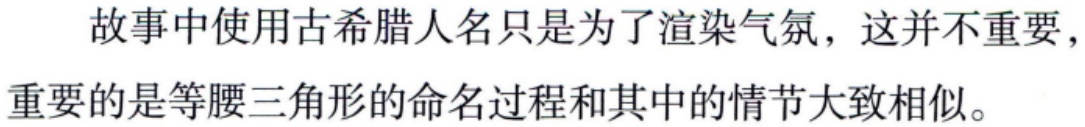
故事中使用古希腊人名只是为了渲染气氛，这并不重要，重要的是等腰三角形的命名过程和其中的情节大致相似。